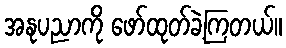
အနုပညာကို ဖော်ထုတ်ခဲ့ကြတယ်။